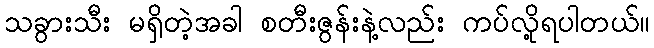
သခွားသီး မရှိတဲ့အခါ စတီးဇွန်းနဲ့လည်း ကပ်လို့ရပါတယ်။